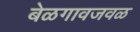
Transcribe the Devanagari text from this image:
बेळगावजवळ